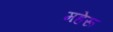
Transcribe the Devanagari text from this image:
महेरू